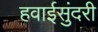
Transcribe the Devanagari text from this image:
हवाईसुंदरी